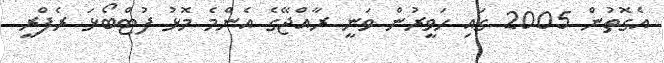
އެގޮތުން 2005 ގައި ހަވީރުން ވަނީ ރާއްޖޭގެ އެންމެ މޮޅު ފުޓްބޯޅަ ރެފްރީ